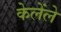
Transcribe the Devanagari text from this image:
केलेंले